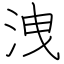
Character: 洩